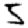
Digit: 5